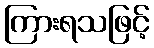
ကြားရသဖြင့်